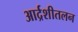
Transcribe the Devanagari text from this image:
आर्द्रशीतलन